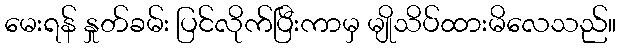
မေးရန် နှုတ်ခမ်း ပြင်လိုက်ပြီးကာမှ မျိုသိပ်ထားမိလေသည်။